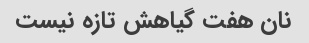
نان هفت گیاهش تازه نیست